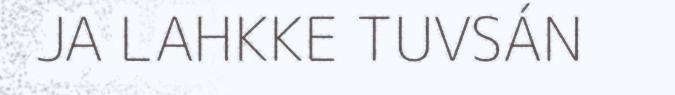
JA LAHKKE TUVSÁN